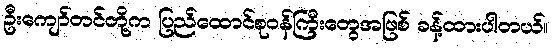
ဦးကျော်တင်တို့က ပြည်ထောင်စုဝန်ကြီးတွေအဖြစ် ခန့်ထားပါတယ်။